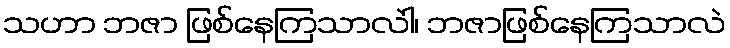
သဟာ ဘဇာ ဖြစ်နေကြသာလဲါ၊ ဘဇာဖြစ်နေကြသာလဲ